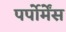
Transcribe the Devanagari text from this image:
पर्पोर्मेंस